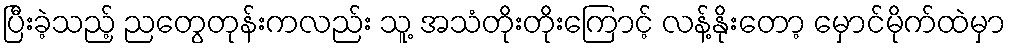
ပြီးခဲ့သည့် ညတွေတုန်းကလည်း သူ့ အသံတိုးတိုးကြောင့် လန့်နိုးတော့ မှောင်မိုက်ထဲမှာ